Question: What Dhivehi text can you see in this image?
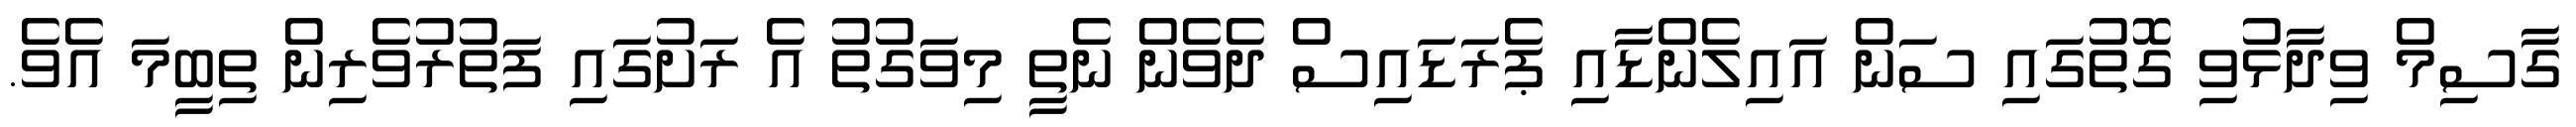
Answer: ގާސިމް ވިދާޅުވި ގޮތުގައި ސަން އައިލެންޑާއި ޕެރަޑައިސް ދެވެން ނެތީ މިވަގުތު އެ ރަށުގައި ފަތުރުވެރިން ތިބީމަ އެވެ.